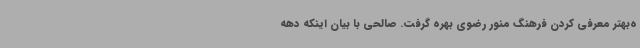
ه‌بهتر معرفی کردن فرهنگ منور رضوی بهره گرفت. صالحی با بیان اینکه دهه